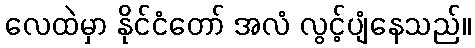
လေထဲမှာ နိုင်ငံတော် အလံ လွင့်ပျံနေသည်။